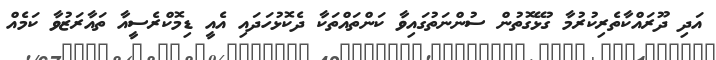
އަދި ދޫރައްކާތެރިކުރުމާ ގުޅޭގޮތުން ސުންނަތުގައިވާ ކަންތައްތަކާ ދެކޮޅުހަދައި އެއީ ޑިމޮކްރެސީއާ ތައާރަޒުވާ ކަމެއް